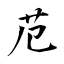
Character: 苊